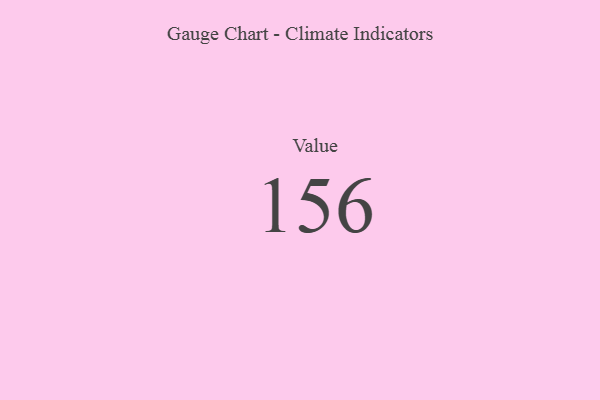
{"axis": {"x": "Metric", "y": "Value"}, "legend": [""], "data": [{"x": "Value", "y": 156, "type": ""}]}